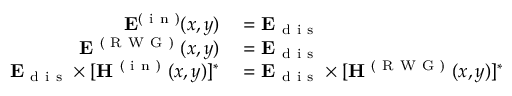
\begin{array} { r l } { \mathbf { E } ^ { ( \mathrm { ~ i ~ n ~ } ) } ( x , y ) } & { { } = \mathbf { E } _ { \mathrm { ~ d ~ i ~ s ~ } } } \\ { \mathbf { E } ^ { \mathrm { ~ ( ~ R ~ W ~ G ~ ) ~ } } ( x , y ) } & { { } = \mathbf { E } _ { \mathrm { ~ d ~ i ~ s ~ } } } \\ { \mathbf { E } _ { \mathrm { ~ d ~ i ~ s ~ } } \times [ \mathbf { H } ^ { \mathrm { ~ ( ~ i ~ n ~ ) ~ } } ( x , y ) ] ^ { * } } & { { } = \mathbf { E } _ { \mathrm { ~ d ~ i ~ s ~ } } \times [ \mathbf { H } ^ { \mathrm { ~ ( ~ R ~ W ~ G ~ ) ~ } } ( x , y ) ] ^ { * } } \end{array}